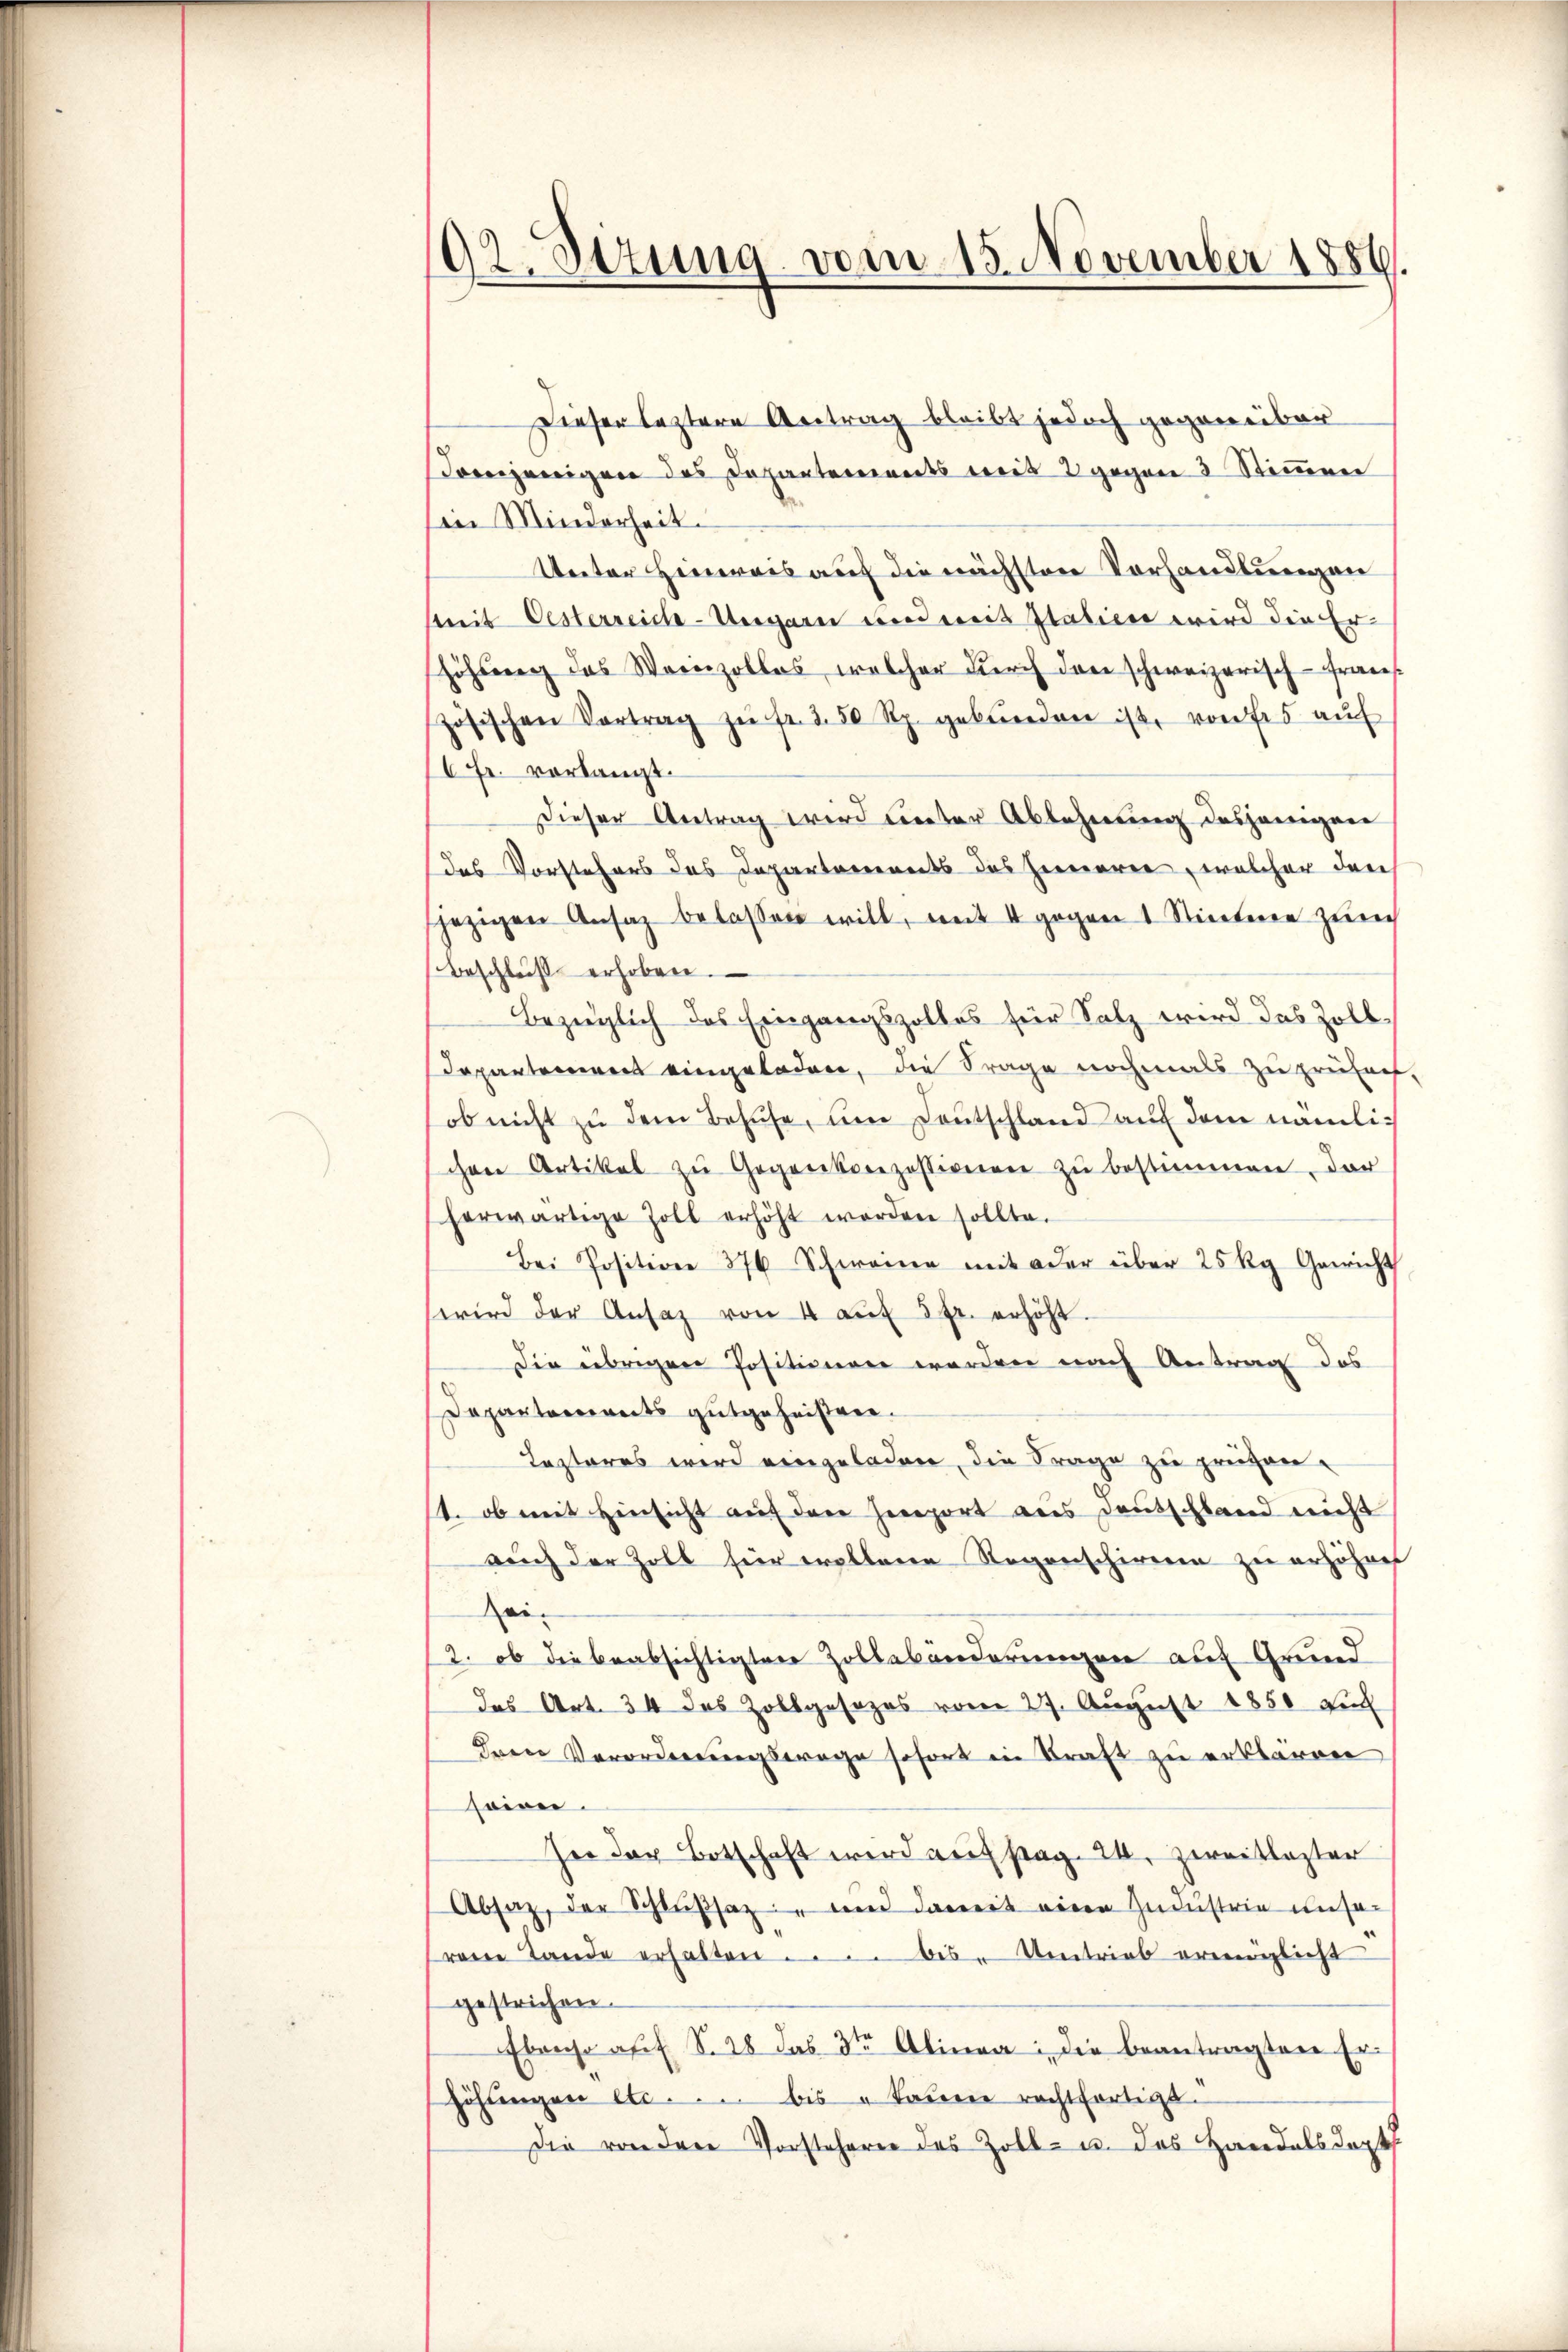
92. Stzung vom 15. November 1886.

Dieser leztere Antrag bleibt jedoch gegenüber
Demjenigen des Departements weit 2 gegen 3 Stimmen
en Minderheit.
Unter Hinweis auf die nächsten Vorhandlungen
Mit Oesterreich-Ungarn und weit Italien wird die Er-
höhung das Weinzollos, welcher durch den schweizerisch-Frans
zösischen Vortrag zŭ fr. 250 Rp. gebŭnden ist, von des aŭf
6 Fr. vorlangt.
Dieser Antrag wird unter Ablehnung desjenigere
das Vorstehers das Departarierents des Herrieren, welcher durch
jezigen Ansaz belassen will, mit 4 gegen 1 Stietene zürch
Beschluß erhoben.
Bezüglich das Eingangszolles für Salz wird das Zoll¬
Departement eingeladen, die Frage nochmals zu prüfach,
ob nicht zŭ dem Besŭse, um Deutschland auf dem nämlichen Artikel zŭ Gegenkonzessionen zŭ bestimmen, der
herwärtige Zoll erhöht worden sollte.
Bei Position 376 Schweine mit oder über 25 kg Gewicht
wird der Ansaz von 4 aŭf 3 fr. erhöht.
Die übrigen Positionen werden nach Antrag das
Departements gutgeheißen.
Lezteres wird eingeladen, die Frage zu prügen.
1. ob mit Hinsicht auf den Hereport aus Deutschland nicht
auch der Zoll für wollene Regenschireren zu erhöhnet
ei-
2. ob die beabsichtigten Zollabänderungen auf Grund
das Art. 34 das Zollgesezes vom 27. August 1850 auf
Dreie Verordnungswage sofort in Kraft zu erklären
sowei
ser der Botschaft wird aufstag. 24. Zweitlester
Absaz, der Schlŭβsaz: " und damit eine Industrie unser
rene Lande erhalten .... bis Umtrieb ermöglicht
gestrichen.
Ebensosef S. 28 das 3te͇n Alinea: die beantragter Erhöhŭngen etc. bis u kaum rechtfertigt.
Die von der Vorsteherer des Zoll- u. das Handelsdopt